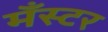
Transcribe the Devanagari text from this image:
मँस्टर